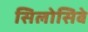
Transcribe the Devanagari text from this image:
सिलोसिबे